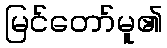
မြင်တော်မူ၏